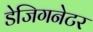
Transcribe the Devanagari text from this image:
डेजिगनेटर